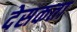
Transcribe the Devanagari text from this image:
देसकता